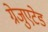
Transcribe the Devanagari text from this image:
ग्रेजुएटेड